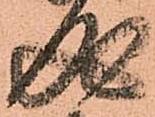
成